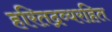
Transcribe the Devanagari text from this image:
हरितद्रव्यरहित